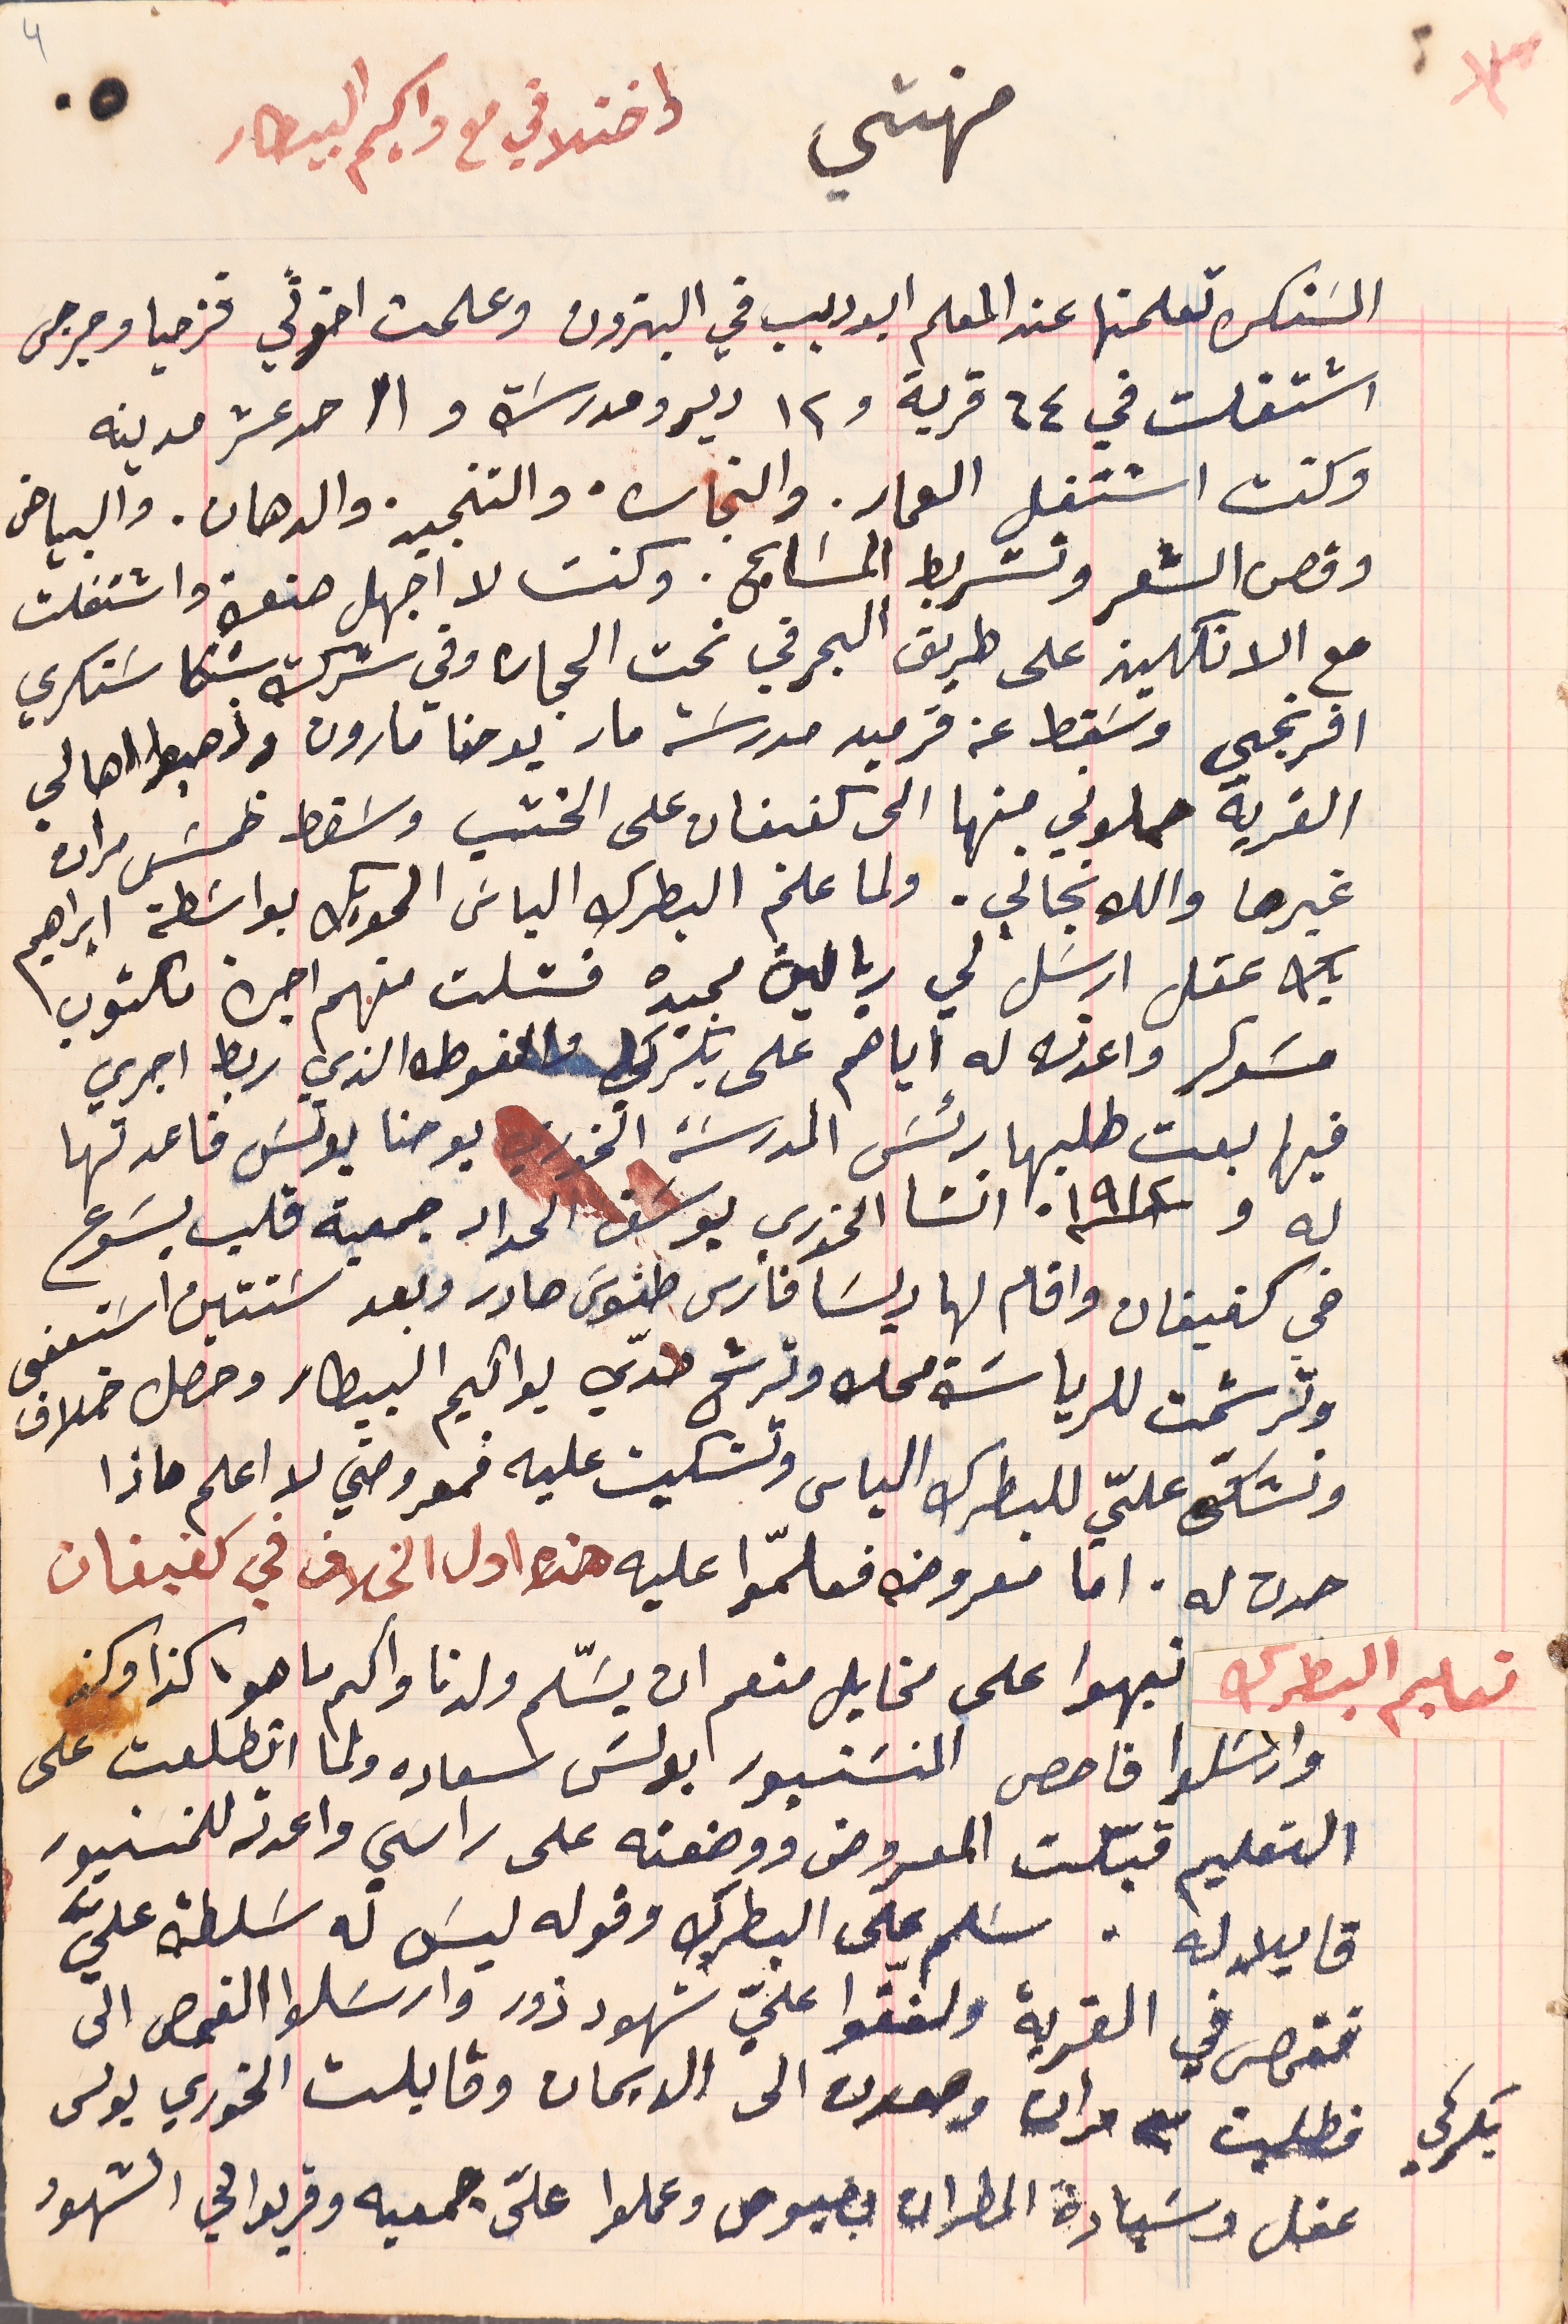
مهنتي واختلافي مع واكيم البيطار
السَنكرة تعلمتها عند المعلم ابو ديب في البترون وعلمت اخوتي قزحيا وجرجس
 اشتغلت في ٦٤ قرية و١٢ دير ومدرسَة وا احد عشر مدينه
 وكنت اشتغل العمار. والنجاره، والتنجيد. والدهان. والبياض
وقص الشعر وتشريط المسَابح. وكنت لا اجهل صنعة واشتغلت
مع الانكليز على طريق البحر في نحت الحجاره وفي شركة شكا سَنكري
افرنجي وسَقط عن قرميد مدرسَة مار يوحنا مارون وذهبوا اهالي
القرية حملوني منها الى كفيفان على الخشب وسَقط خمسَ مرات
غيرها والله نجاني. ولما علم البطرك الياسَ الحويك بواسَطة ابراهيم
بك عقل ارسَل لي ريالين مجيده فشلت منهم اجرة مكتوب
مسَوكر واعدته له إياهم على بكركي والفوطه الذي ربط اجري
 فيها بعت طلبها رئسَ المدرسَة الخوري يوحنا يونسَ فاعدتها
في كفيقان واقام لها ريسَا فارس طنوسَ صادر وبعد سَنتين اسَتعفى
 وترشحت للرياسَة محله وترشح ضدي يواكيم البيطار وحصل خلاف
وتشكّى عليّ للبطرك الياس وتشكيت عليه فمعروضي لا اعلم ماذا
 حدث له. اما معروضه فعلمّوا عليه هذا اول الخلاف في كفيفان
تعليم البطرك نبهوا على مخايل منعم ان يسَّلم ولدنا واكيم ما هو كذا وكذ
 وارسَلوا فاحص المنسَنيور بولسَ سعاده ولما اتطلعت على
التعليم قبلت المعروض ووضعته على راسَي واعدته للمنسنيور
قايلا له. سَلم على البطرك وقوله ليسَ له سَلطة عليَّ
 ففحص في القرية ولفقوا عليّ شهود ذور وارسَلوا الفحص الى
بكركي. فطلبت منه مرات وصعدت الى الديمان وقابلت الخوري بولس
عقل وسيادة المطران بصبوص وعملوا عليّ جمعيه وقريولي الشهود
له و سنة ١٩١٢ انشا الخوري يوسَف الحداد جمعية قلب يسَوع